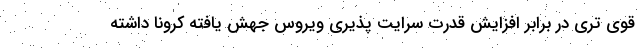
قوی تری در برابر افزایش قدرت سرایت پذیری ویروس جهش یافته کرونا داشته